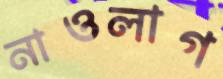
নাওলাগ